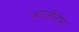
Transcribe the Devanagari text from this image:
आर्जीनीन